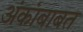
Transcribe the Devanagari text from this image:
अंकांबाबत